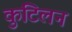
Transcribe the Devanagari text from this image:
कुटिलन